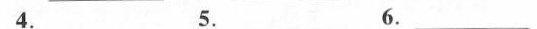
4. ____ 5. ____ 6. ____